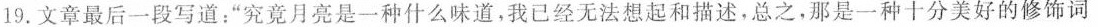
19. 文章最后一段写道：”究竟月亮是一种什么味道，我已经无法想起和描述，总之，那是一种十分美好的修饰词